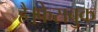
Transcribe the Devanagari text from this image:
है।फेसबुक